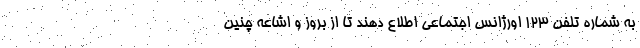
به شماره تلفن ۱۲۳ اورژانس اجتماعی اطلاع دهند تا از بروز و اشاعه چنین